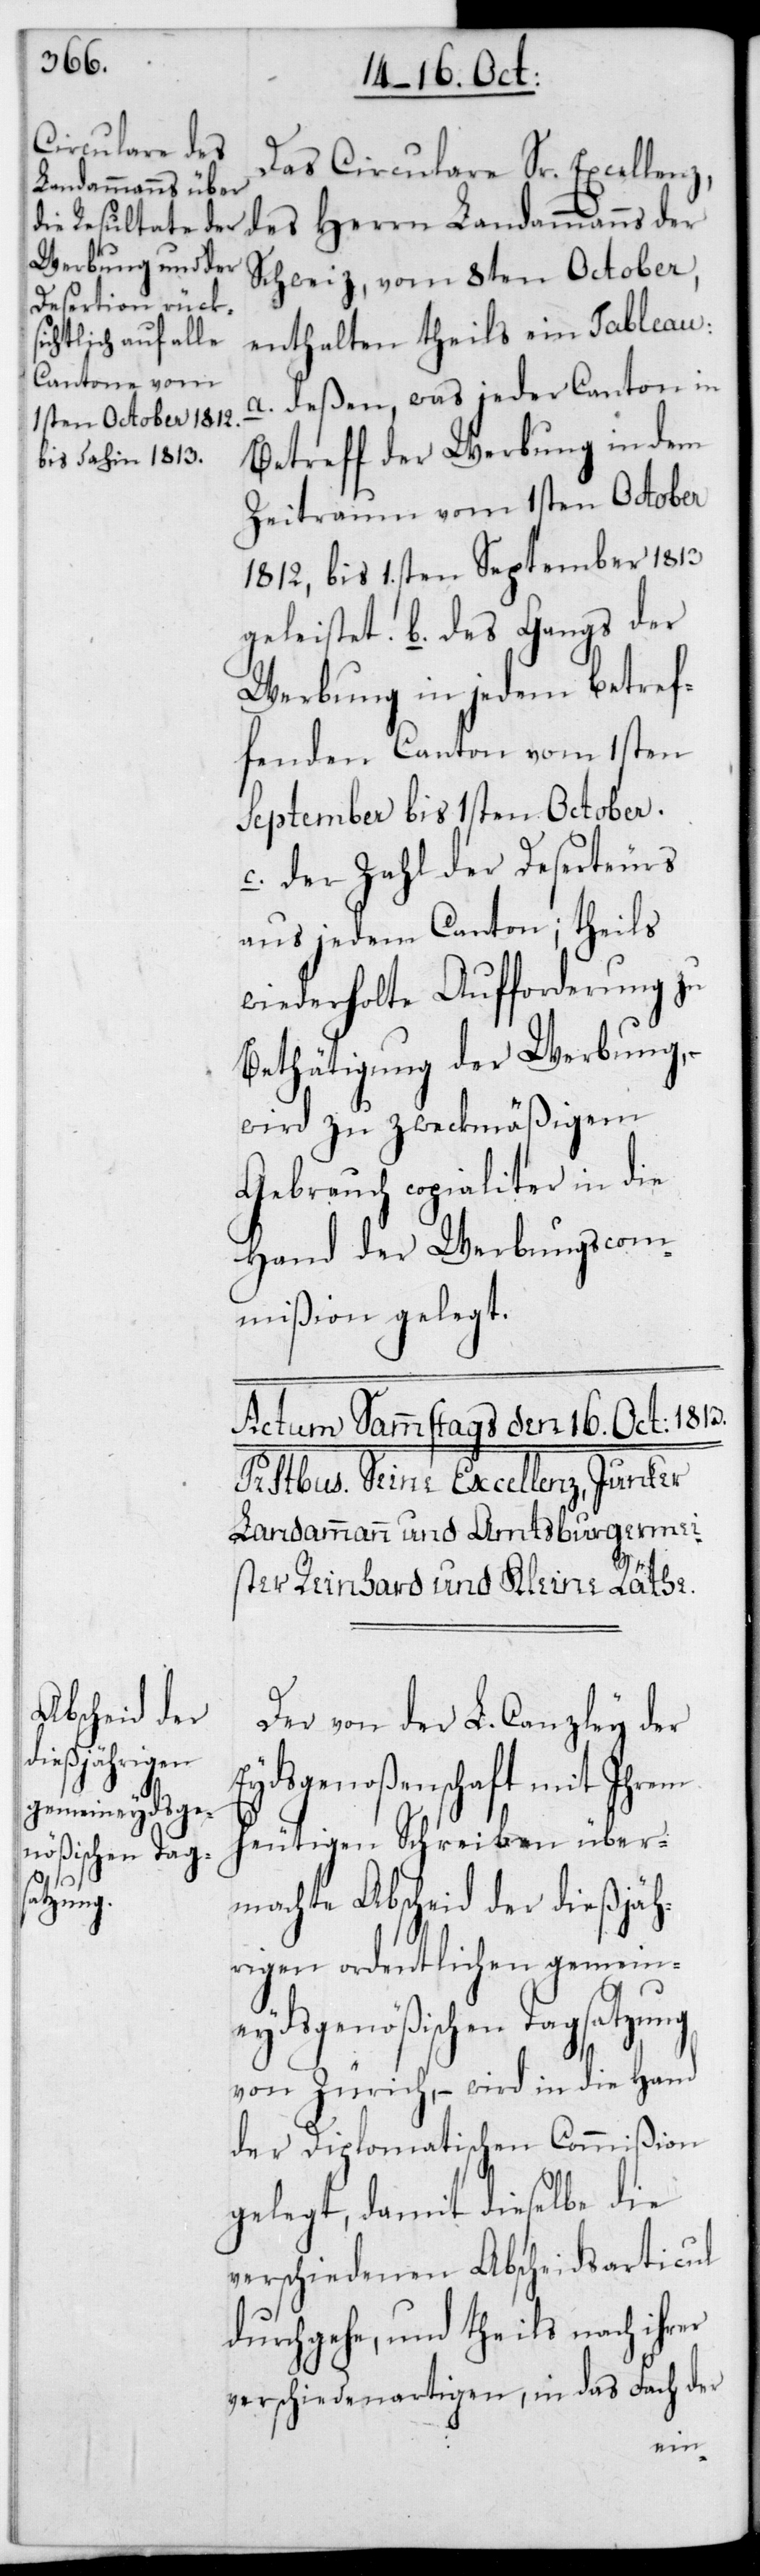
Das Circulare Sr. Excellen¬
es Herrn Landammanns der
Schweiz, vom 8ten October,
enthalten theils ein Tableau:
a. Deßen, was jeder Canton in
Betreff der Werbung in dem
Zeitraum vom 1sten October
1812 bis 1sten September 1813
Werbung in jedem betref¬
fenden Canton vom 1sten
September bis 1sten October.
c. Der Zahl der Deserteurs
aus jedem Canton; theils
wiederholte Aufforderung zu
Bethätigung der Werbung,
wird zu zweckmäßigem
Gebrauch copialiter in die
Hand der Werbungscom¬
mißion gelegt.
Der von der L. Canzley der
Eydsgenoßenschaft mit Ihrem
heutigen Schreiben über¬
machte Abscheid der dießjäh¬
rigen ordentlichen gemein¬
eydsgenößischen Tagsatzung
von Zürich, – wird in die Hand
der Diplomatischen Commißion
gelegt, damit dieselbe die
verschiedenen Abscheidsarticul
durchgehe, und theils nach ihrer
verschiedenartigen, in das Fach der
z,d¬